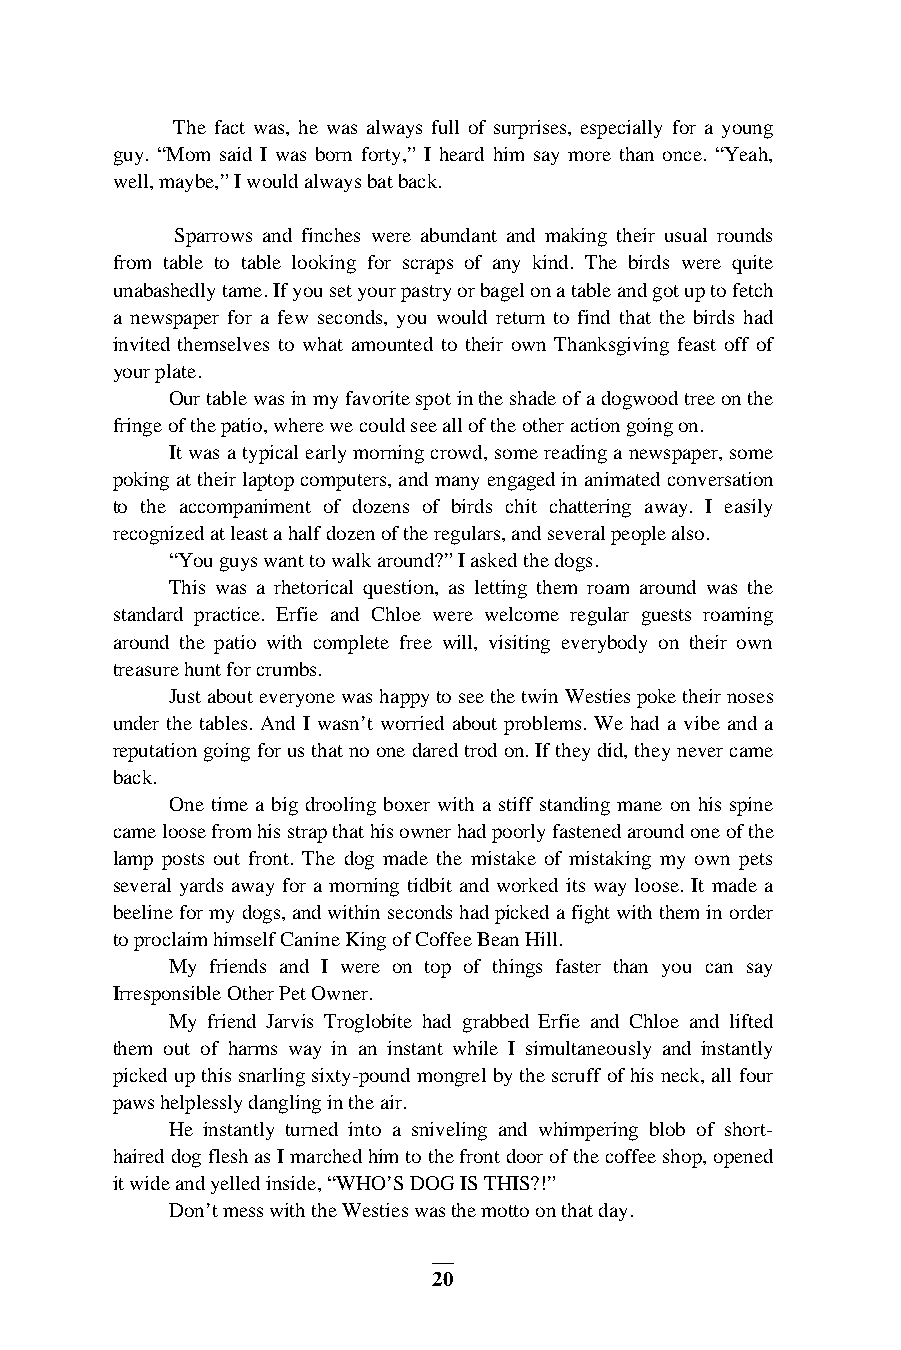
The fact was, he was always full of surprises, especially for a young
 guy. “Mom said I was born forty,” I heard him say more than once. “Yeah,
 well, maybe,” I would always bat back.
 Sparrows and finches were abundant and making their usual rounds
 from table to table looking for scraps of any kind. The birds were quite
 unabashedly tame. If you set your pastry or bagel on a table and got up to fetch
 a newspaper for a few seconds, you would return to find that the birds had
 invited themselves to what amounted to their own Thanksgiving feast off of
 your plate.
 Our table was in my favorite spot in the shade of a dogwood tree on the
 fringe of the patio, where we could see all of the other action going on.
 It was a typical early morning crowd, some reading a newspaper, some
 poking at their laptop computers, and many engaged in animated conversation
 to the accompaniment of dozens of birds chit chattering away. I easily
 recognized at least a half dozen of the regulars, and several people also.
 “You guys want to walk around?” I asked the dogs.
 This was a rhetorical question, as letting them roam around was the
 standard practice. Erfie and Chloe were welcome regular guests roaming
 around the patio with complete free will, visiting everybody on their own
 treasure hunt for crumbs.
 Just about everyone was happy to see the twin Westies poke their noses
 under the tables. And I wasn’t worried about problems. We had a vibe and a
 reputation going for us that no one dared trod on. If they did, they never came
 back.
 One time a big drooling boxer with a stiff standing mane on his spine
 came loose from his strap that his owner had poorly fastened around one of the
 lamp posts out front. The dog made the mistake of mistaking my own pets
 several yards away for a morning tidbit and worked its way loose. It made a
 beeline for my dogs, and within seconds had picked a fight with them in order
 to proclaim himself Canine King of Coffee Bean Hill.
 My friends and I were on top of things faster than you can say
 Irresponsible Other Pet Owner.
 My friend Jarvis Troglobite had grabbed Erfie and Chloe and lifted
 them out of harms way in an instant while I simultaneously and instantly
 picked up this snarling sixty-pound mongrel by the scruff of his neck, all four
 paws helplessly dangling in the air.
 He instantly turned into a sniveling and whimpering blob of short-
 haired dog flesh as I marched him to the front door of the coffee shop, opened
 it wide and yelled inside, “WHO’S DOG IS THIS?!”
 Don’t mess with the Westies was the motto on that day.
 20